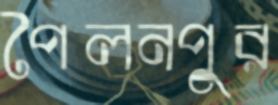
পৈলনপুর